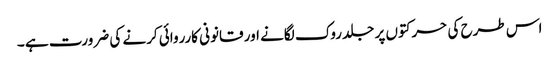
اس طرح کی حرکتوں پر جلد روک لگانے اور قانونی کارروائی کرنے کی ضرورت ہے ۔